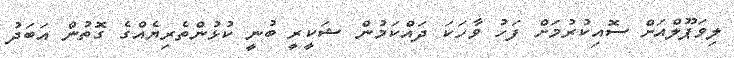
ލިވަޕޫލްއަށް ސޮއިކުރުމަށް ފަހު ވާހަކަ ދައްކަމުން ޝަކީރީ ބުނީ ކުޅުންތެރިޔެއްގެ ގޮތުން އަބަދު